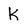
Character: k